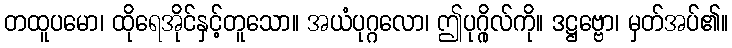
တထူပမော၊ ထိုရေအိုင်နှင့်တူသော။ အယံပုဂ္ဂလော၊ ဤပုဂ္ဂိုလ်ကို။ ဒဋ္ဌဗ္ဗော၊ မှတ်အပ်၏။